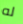
له